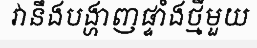
វានឹងបង្ហាញផ្ទាំងថ្មីមួយ